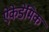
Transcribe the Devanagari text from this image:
ऐकेडेमिक